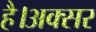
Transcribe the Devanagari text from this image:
है।अक्सर